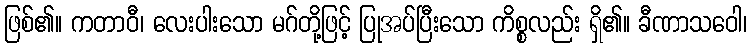
ဖြစ်၏။ ကတာဝီ၊ လေးပါးသော မဂ်တို့ဖြင့် ပြုအပ်ပြီးသော ကိစ္စလည်း ရှိ၏။ ခီဏာသဝေါ၊